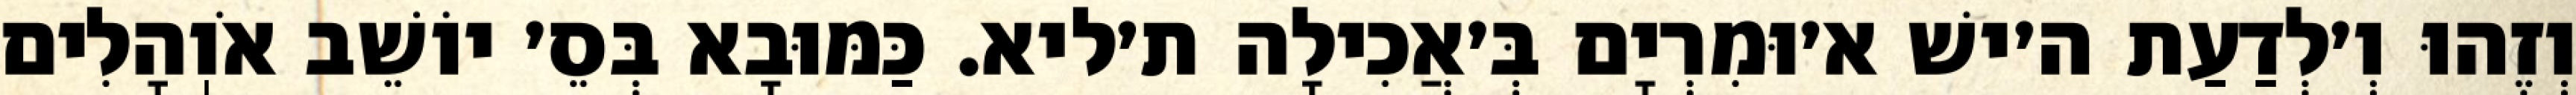
וְזֶהוּ וְ׳לְדַעַת ה׳ישׁ א׳וּמִרְיָם בְּ׳אֲכִילָה ת׳ליא. כַּמּוּבָא בְּסֵ׳ יוֹשֵׁב אֹוֽהָלִים